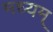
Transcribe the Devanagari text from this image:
मध्यम्